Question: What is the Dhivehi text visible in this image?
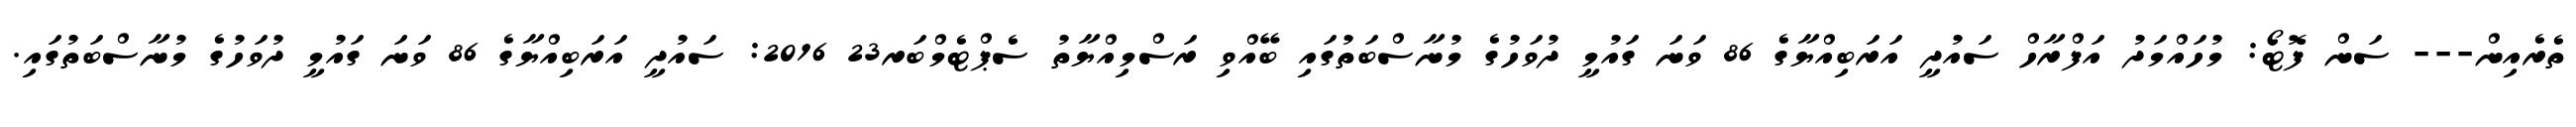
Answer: ތެރެއިން--- ސަން ފޮޓޯ: މުހައްމަދު އަފްރާހް ސައުދީ އަރަބިއްޔާގެ 86 ވަނަ ގައުމީ ދުވަހުގެ މުނާސްބަތުގައި ބޭއްވި ރަސްމިއްޔާތު ސެޕްޓެމްބަރ23 2016: ސައުދީ އަރަބިއްޔާގެ 86 ވަނަ ގައުމީ ދުވަހުގެ މުނާސްބަތުގައި.